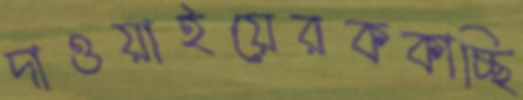
দাওয়াইয়েরককাচ্ছি